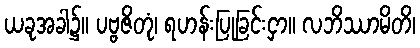
ယခုအခါ၌။ ပဗ္ဗဇိတုံ၊ ရဟန်းပြုခြင်းငှာ။ လဘိဿာမိတိ၊